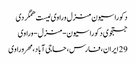
دکوراسیون منزل وراوی لیست همگردی
جستجوی دکوراسیون-منزل-وراوی
29 ایران، فارس، حاجی آباد، مهر وراوی